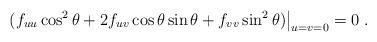
LaTeX: \begin{align*}(f_{uu}\cos^2\theta+2f_{uv}\cos\theta\sin\theta+f_{vv}\sin^2\theta)\big|_{u=v=0} = 0 \; . \end{align*}